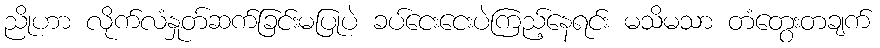
ညိုဟာ လိုက်လံနှုတ်ဆက်ခြင်းမပြုပဲ ခပ်ငေးငေးပဲကြည့်နေရင်း မသိမသာ တံတွေးတချက်